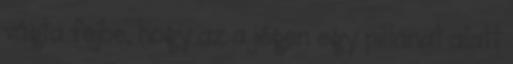
vágta fejbe, hogy az a jégen egy pillanat alatt